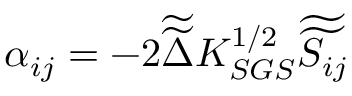
\alpha _ { i j } = - 2 \widetilde { \widetilde { \Delta } } K _ { S G S } ^ { 1 / 2 } \widetilde { \widetilde { S _ { i j } } }